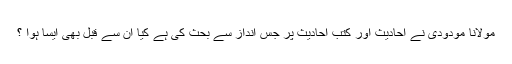
مولانا مودودی نے احادیث اور کتب احادیث پر جس انداز سے بحث کی ہے کیا ان سے قبل بھی ایسا ہوا ؟